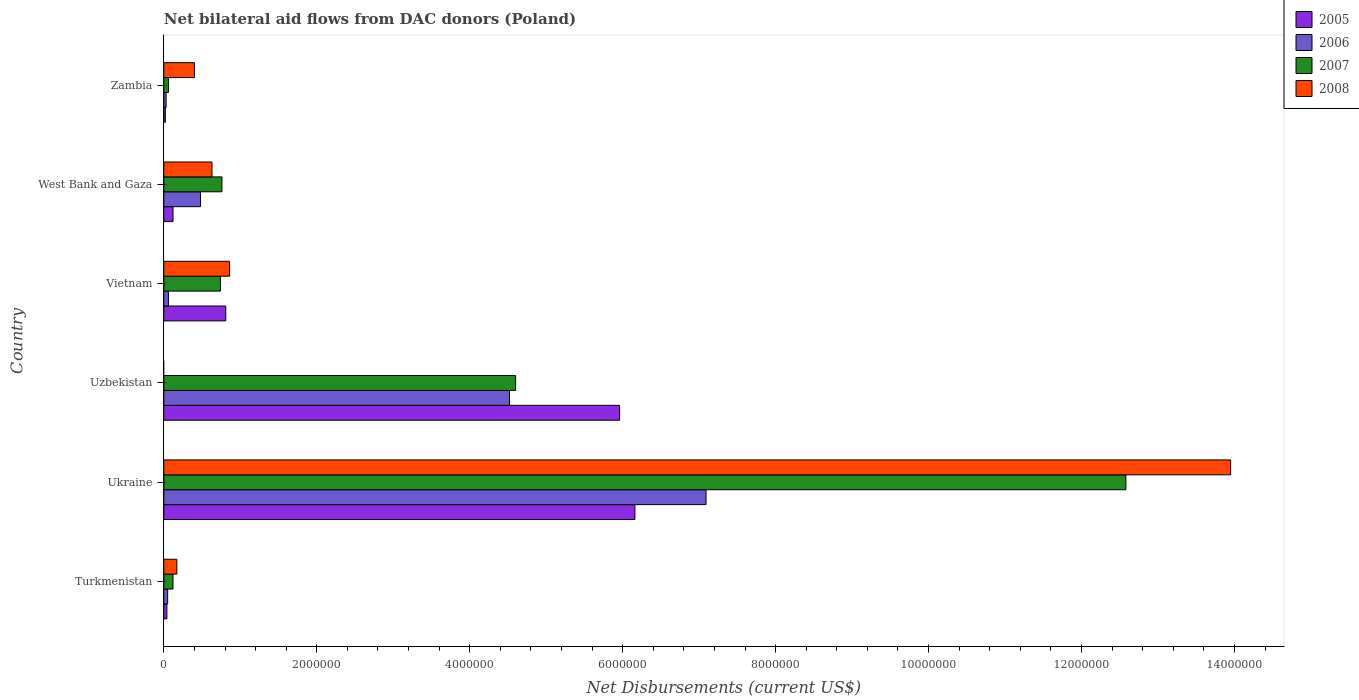
| Country | 2005 | 2006 | 2007 | 2008 |
 | --- | --- | --- | --- | --- |
 | Turkmenistan | 4e+04 | 5e+04 | 1.2e+05 | 1.7e+05 |
 | Ukraine | 6.16e+06 | 7.09e+06 | 1.26e+07 | 1.4e+07 |
 | Uzbekistan | 5.96e+06 | 4.52e+06 | 4.6e+06 | -9e+04 |
 | Vietnam | 8.1e+05 | 6e+04 | 7.4e+05 | 8.6e+05 |
 | West Bank and Gaza | 1.2e+05 | 4.8e+05 | 7.6e+05 | 6.3e+05 |
 | Zambia | 2e+04 | 3e+04 | 6e+04 | 4e+05 |